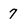
Character: 7